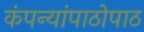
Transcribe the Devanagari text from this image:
कंपन्यांपाठोपाठ